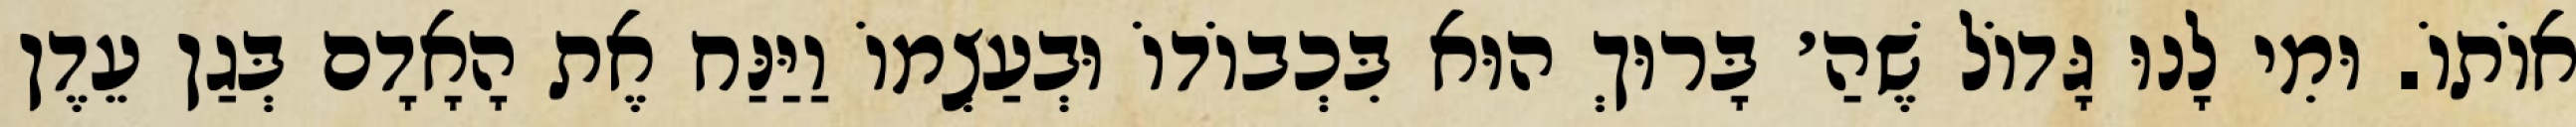
אוֹתוֹ. וּמִי לָנוּ גָּדוֹל שֶׁהַ׳ בָּרוּךְ הוּא בִּכְבוֹדוֹ וּבְעַצְמוֹ וַיַּנַּח אֶת הָאָדָם בְּגַן עֵדֶן